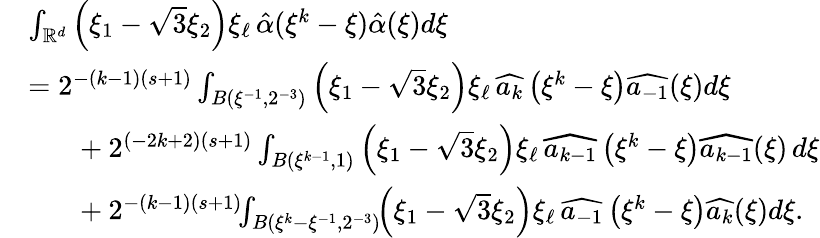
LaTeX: \begin{array}{rl}&{\int_{\mathbb{R}^{d}}\left(\xi_{1}-\sqrt{3}\xi_{2}\right)\xi_{\ell}\, \hat{\alpha}(\xi^{k}-\xi)\hat{\alpha}(\xi)d\xi}\\ &{=2^{-(k-1)(s+1)}\int_{B(\xi^{-1},2^{-3})}\left(\xi_{1}-\sqrt{3}\xi_{2}\right)\xi_{\ell}\, \widehat{a_{k}}\left(\xi^{k}-\xi\right)\widehat{a_{-1}}(\xi)d\xi}\\ &{\phantom{....}+2^{(-2k+2)(s+1)}\int_{B(\xi^{k-1},1)}\left(\xi_{1}-\sqrt{3}\xi_{2}\right)\xi_{\ell}\, \widehat{a_{k-1}}\left(\xi^{k}-\xi\right)\widehat{a_{k-1}}(\xi)\, d\xi}\\ &{\phantom{....}+2^{-(k-1)(s+1)}\! \! \int_{B(\xi^{k}-\xi^{-1},2^{-3})}\! \! \left(\xi_{1}-\sqrt{3}\xi_{2}\right)\xi_{\ell}\, \widehat{a_{-1}}\left(\xi^{k}-\xi\right)\widehat{a_{k}}(\xi)d\xi.}\end{array}